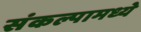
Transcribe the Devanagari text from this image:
संकल्पामध्ये